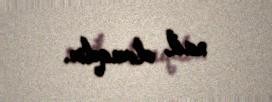
nail olmaqdır.